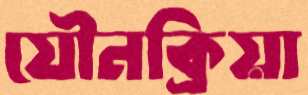
যৌনক্রিয়া